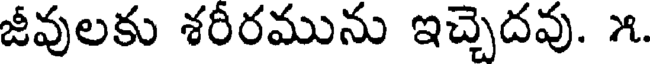
జీవులకు శరీరమును ఇచ్చెదవు. ౫.